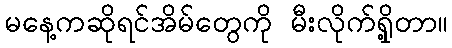
မနေ့ကဆိုရင်အိမ်တွေကို မီးလိုက်ရှို့တာ။